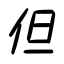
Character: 但